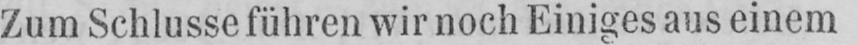
Zum Schlusse führen wir noch Einiges aus einem